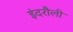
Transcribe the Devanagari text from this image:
इंदरौली